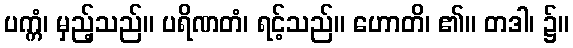
ပက္ကံ၊ မှည့်သည်။ ပရိဏတံ၊ ရင့်သည်။ ဟောတိ၊ ၏။ တဒါ၊ ၌။